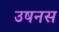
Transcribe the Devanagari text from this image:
उषनस